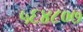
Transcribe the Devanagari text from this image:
५६४८०७